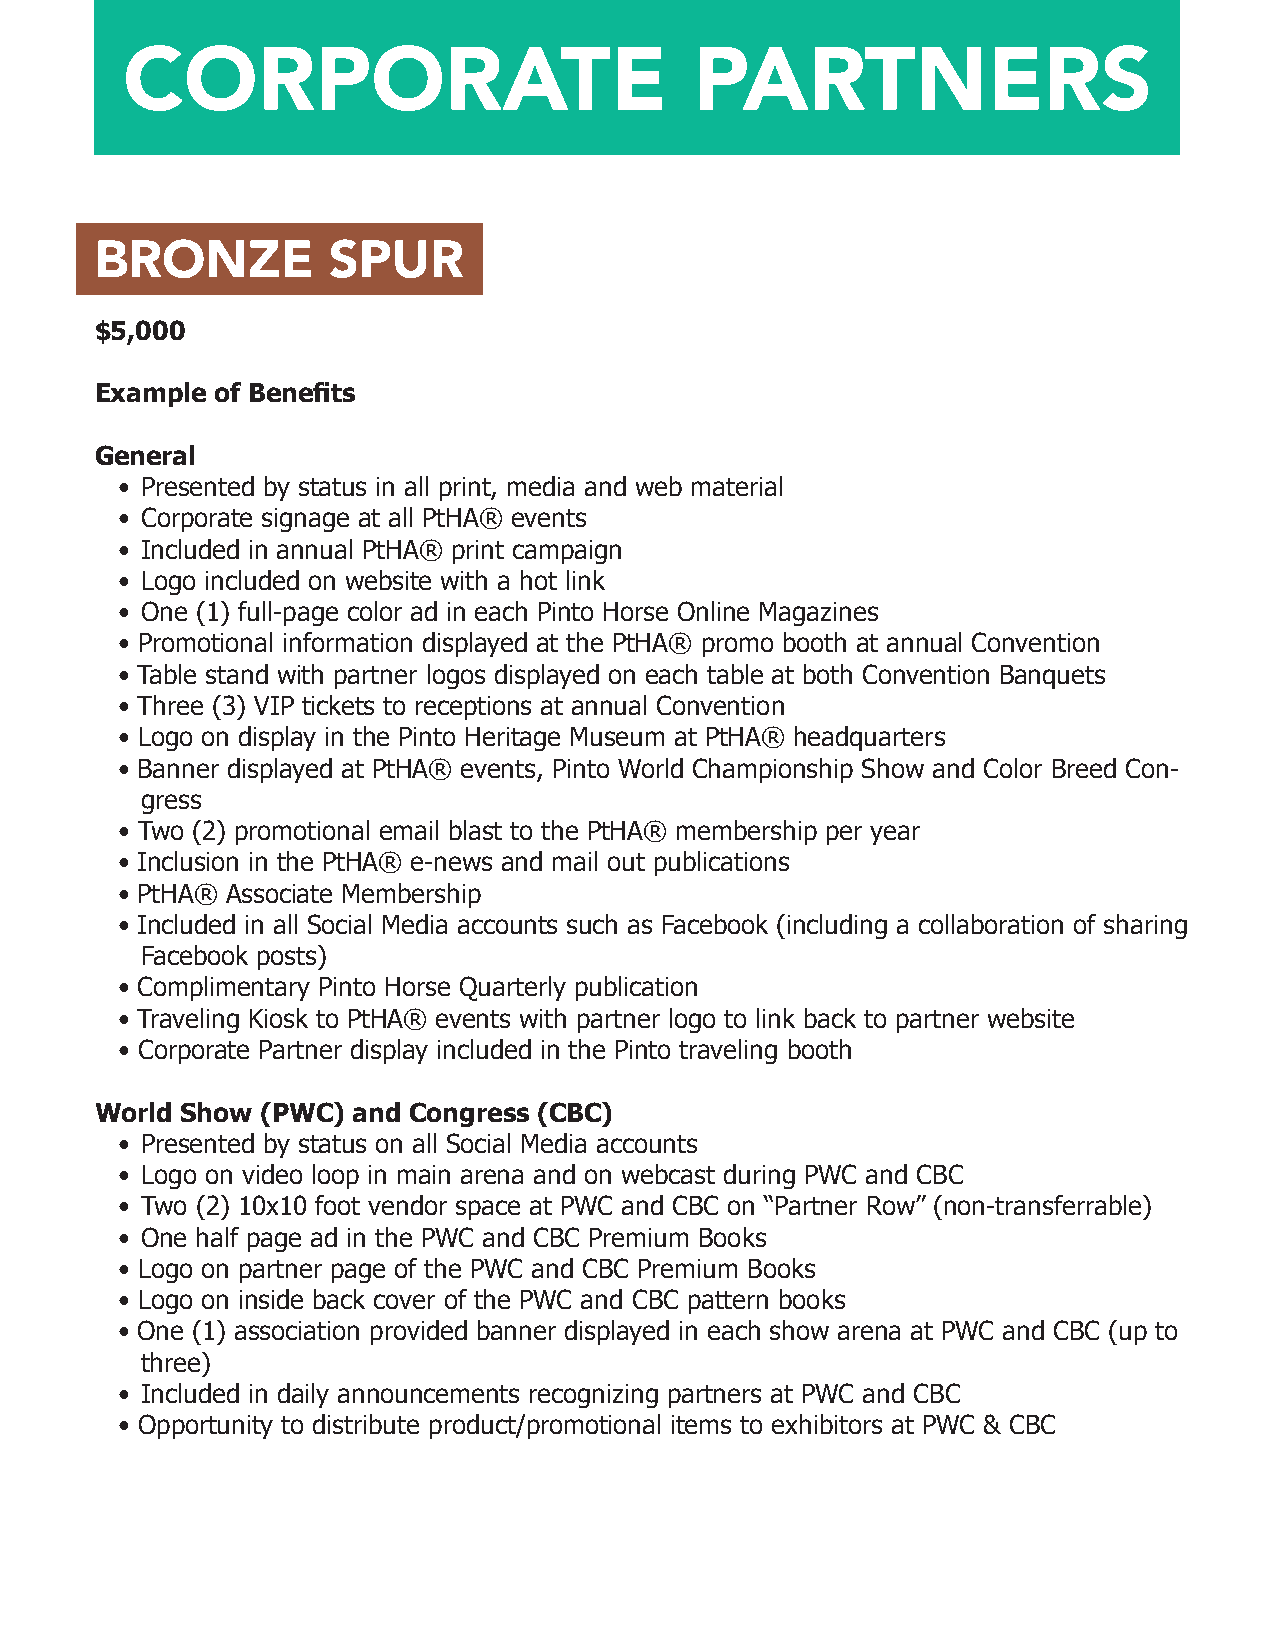
CORPORATE                             PARTNERS
 BRONZE          SPUR
 $5,000
 Example of Benefits
 General
 • Presented by status in all print, media and web material
 • Corporate signage at all PtHA® events
 • Included in annual PtHA® print campaign
 • Logo included on website with a hot link
 • One (1) full-page color ad in each Pinto Horse Online Magazines
 • Promotional information displayed at the PtHA® promo booth at annual Convention
 • Table stand with partner logos displayed on each table at both Convention Banquets
 • Three (3) VIP tickets to receptions at annual Convention
 • Logo on display in the Pinto Heritage Museum at PtHA® headquarters
 • Banner displayed at PtHA® events, Pinto World Championship Show and Color Breed Con-
 gress
 • Two (2) promotional email blast to the PtHA® membership per year
 • Inclusion in the PtHA® e-news and mail out publications
 • PtHA® Associate Membership
 • Included in all Social Media accounts such as Facebook (including a collaboration of sharing
 Facebook posts)
 • Complimentary Pinto Horse Quarterly publication
 • Traveling Kiosk to PtHA® events with partner logo to link back to partner website
 • Corporate Partner display included in the Pinto traveling booth
 World Show (PWC) and Congress (CBC)
 • Presented by status on all Social Media accounts
 • Logo on video loop in main arena and on webcast during PWC and CBC
 • Two (2) 10x10 foot vendor space at PWC and CBC on “Partner Row” (non-transferrable)
 • One half page ad in the PWC and CBC Premium Books
 • Logo on partner page of the PWC and CBC Premium Books
 • Logo on inside back cover of the PWC and CBC pattern books
 • One (1) association provided banner displayed in each show arena at PWC and CBC (up to
 three)
 • Included in daily announcements recognizing partners at PWC and CBC
 • Opportunity to distribute product/promotional items to exhibitors at PWC & CBC